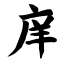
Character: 庠